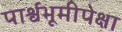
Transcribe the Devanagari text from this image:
पार्श्वभूमीपेक्षा